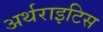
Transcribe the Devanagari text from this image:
अर्थराइटिस